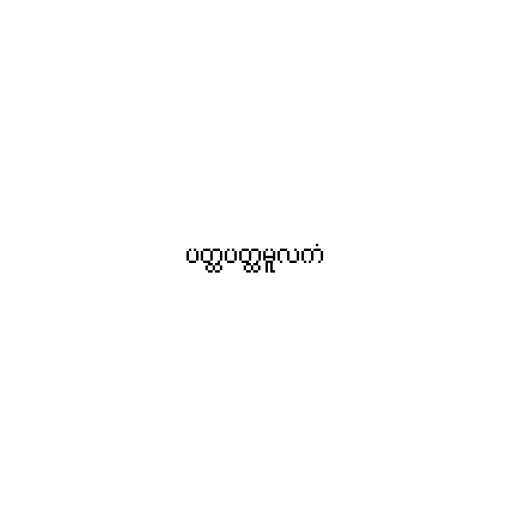
ပတ္ထပတ္ထမူလကံ